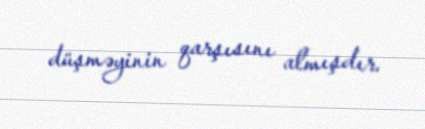
düşməyinin qarşısını almışdır.